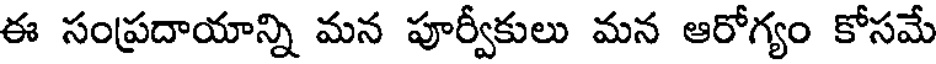
ఈ సంప్రదాయాన్ని మన పూర్వీకులు మన ఆరోగ్యం కోసమే